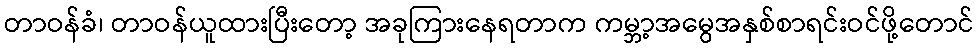
တာဝန်ခံ၊ တာဝန်ယူထားပြီးတော့ အခုကြားနေရတာက ကမ္ဘာ့အမွေအနှစ်စာရင်းဝင်ဖို့တောင်